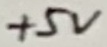
Text: +5V